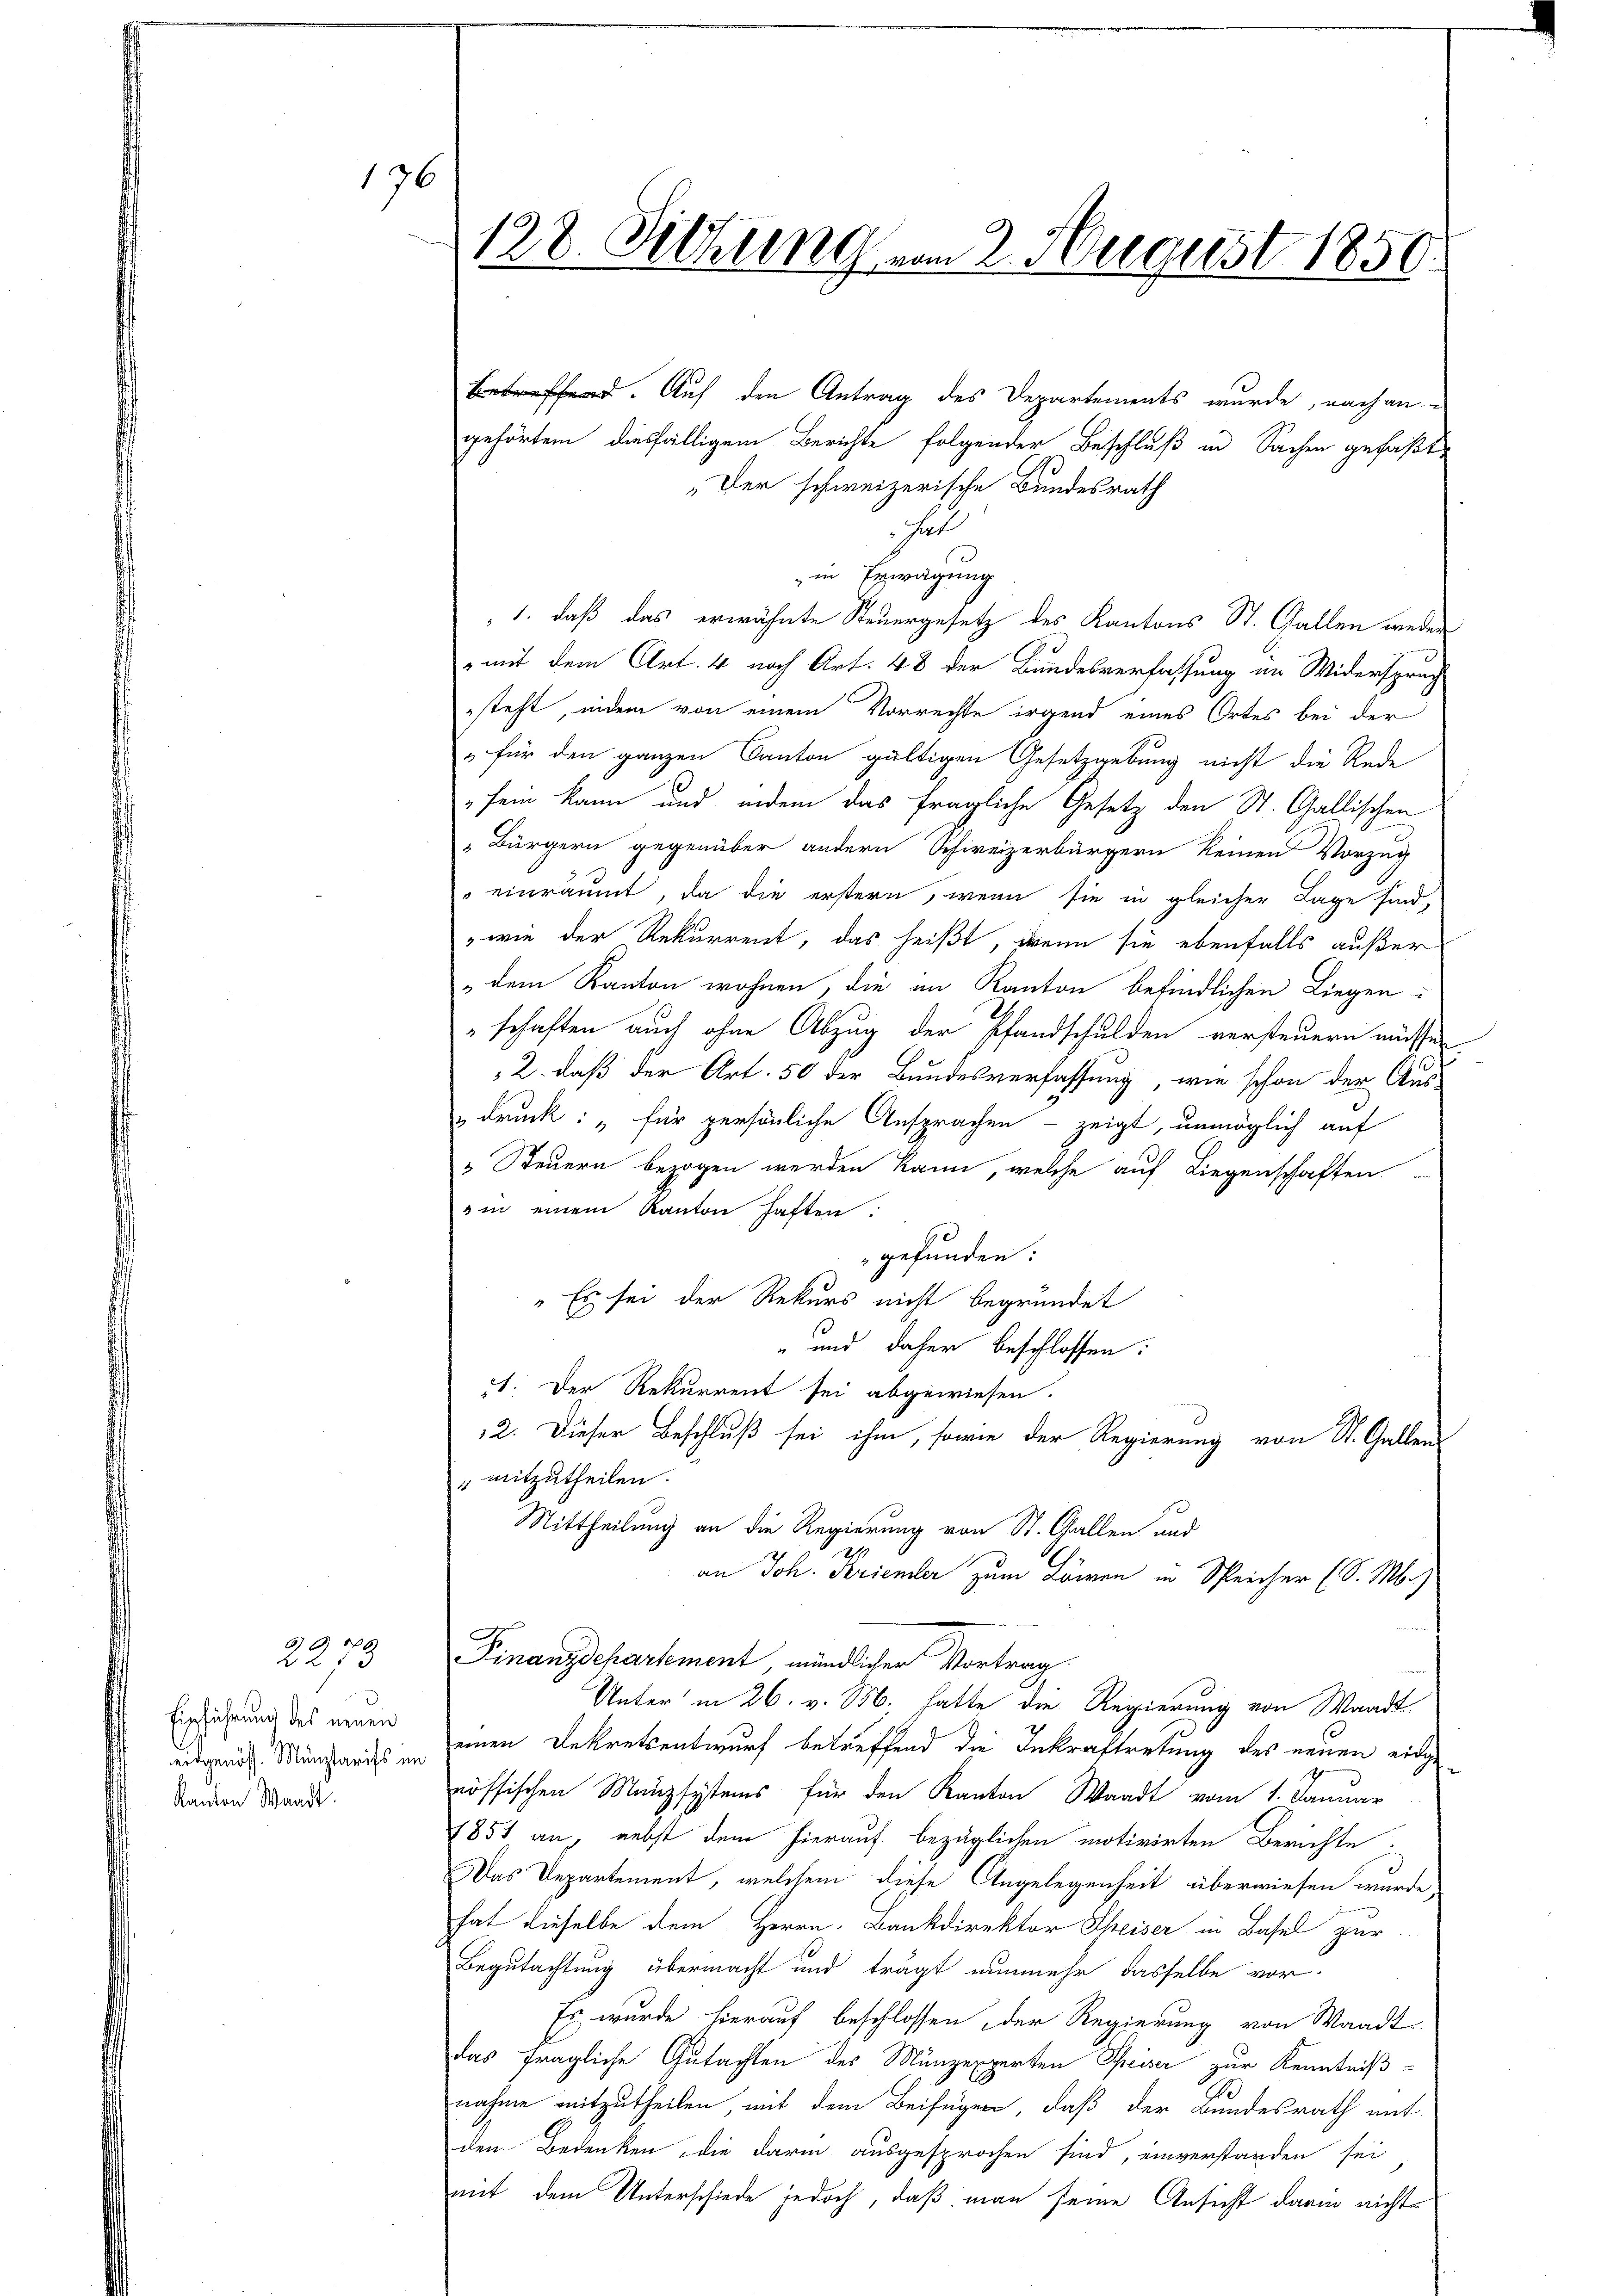
5) S. 16

176

223
Einführung des neuen
eidgenöss. Münztarifs im
Kanton Waadt.

ed. Auf den Antrag des Departements wurde, nach an-
gehörtem diesfälligem Berichte folgender Beschluß in Sachen gefaßt,
„Der schweizerische Bundesrath
sl
in Erwägung
1. daß das erwähnte Steuergesetz des Kantons St. Gallen weder
mit dem Art. 4 nach Art. 48 der Bundesverfassung im Widersprach
steht, indem von einem Vorrechte irgend eines Ortes bei der
 für den ganzen Canton gültigen Gesetzgebung nicht die Rede
fein kann und indem das fragliche Gesetz den St. Gallischen
 Bürgern gegenüber andern Schweizerbürgern keinen Vorzug
einräumt, da die erstern, wenn sie in gleicher Lage sind,
wie der Rekurrent, das heißt, wenn sie ebenfalls außer
„dem Kanton wohnen, die im Kanton befindlichen Liegen:
schaften auch ohne Abzug der Pfandschulden versteuern müssen.
2. daß der Art. 50 der Bundesverfassung, wie schon der Aus-
udruck: „für persönliche Ansprachen – zeigt, unmöglich auf
„ Steuern bezogen werden kann, welche auf Liegenschaften
" in einem Kanton haften:
gefunden:
"Es sei der Rekurs nicht begründet
" und daher beschlossen:
1. Der Rekurrent sei abgewiesen.
12. Dieser Beschluß sei ihm, sowie der Regierung von St. Gallen-
" mitzutheilen.
Mittheilung an die Regierung von St. Gallen und
an Joh. Feriember zum Löwen in Speicher (S. M.)
Finanzdepartement, mündlicher Vortrag
Unter in 26. v. M. hatte die Regierung von Waadt
einen Dekretsentwurf betreffend die Inkraftretung des neuen eingenössischen Münzsystems für den Kanton Waadt vom 1. Januar
1851 an, nebst dem hierauf bezüglichen motivirten Berichte
Das Departement, welchem diese Angelegenheit überwiesen wurde,
hat dieselbe dem Herrn. Bankdirektor Schreiser in Basel zur
Begutachtung übermacht und trägt nunmehr dasselbe vor-
Es wurde hierauf beschlossen, der Regierung von Waadt
das fragliche Gutachten des Münzexperten Speiser zur Kenntnißnahme mitzutheilen mit dem Beifügen, daß der Bundesrath mit
den Bedenken, die darin ausgesprochen sind, einverstanden sei
mit dem Unterschiede jedoch, daß man seine Ansicht darin nicht¬

128. Sitzung vom 2. August 1859.